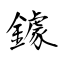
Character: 鐻